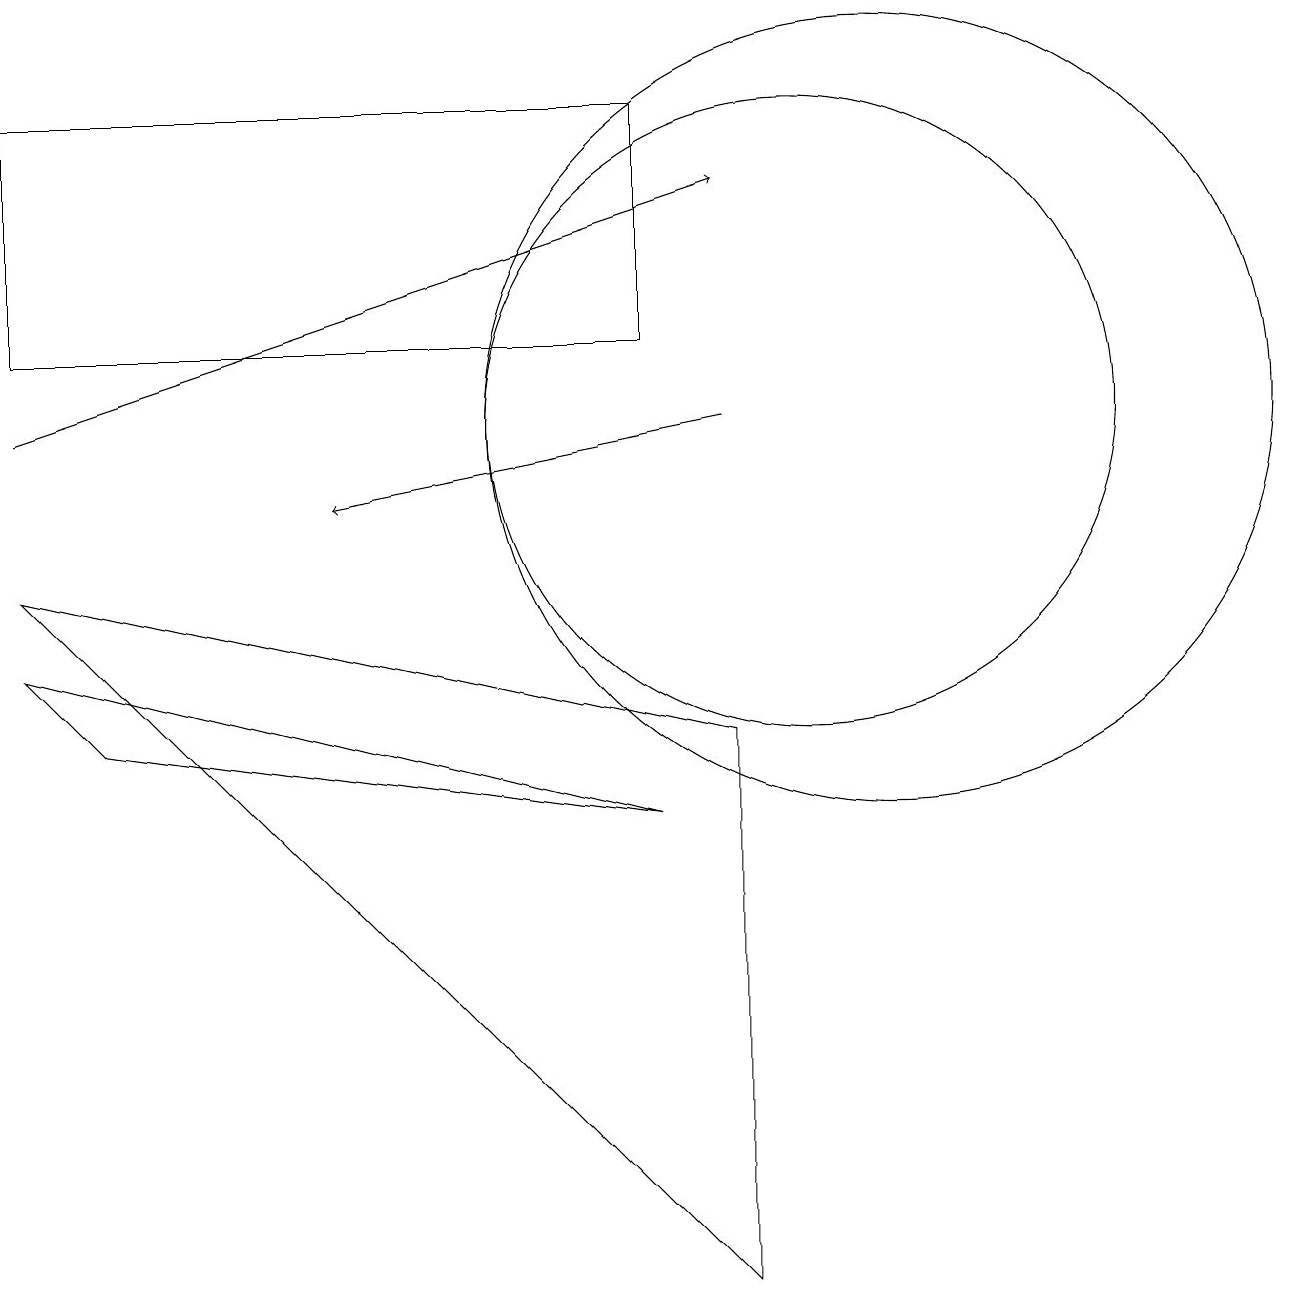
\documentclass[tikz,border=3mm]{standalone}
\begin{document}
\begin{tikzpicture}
\draw (8,15) rectangle (0,12);
\draw (10,11) circle (4);
\draw (11,11) circle (5);
\draw (1,7) -- (8,6) -- (0,8) -- cycle;
\draw[->] (0,11) -- (9,14);
\draw (0,9) -- (9,0) -- (9,7) -- cycle;
\draw[->] (9,11) -- (4,10);
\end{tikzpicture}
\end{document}